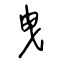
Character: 曳